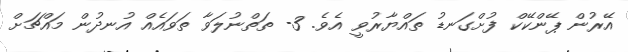
އޭރުން ޕޭންކޭކް ފުށްގަނޑު ތައްޔާރުވީ އެވެ. 3- ތަތްނުލަވާ ތަވައެއް އުނދުން މައްޗަށް